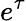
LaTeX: e^{\tau}